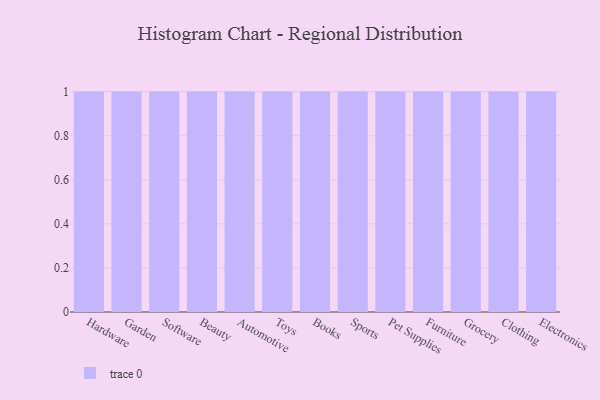
{"axis": {"x": "Category", "y": "LTV (USD)"}, "legend": [""], "data": [{"x": "Hardware", "y": 88, "type": ""}, {"x": "Garden", "y": 44, "type": ""}, {"x": "Software", "y": 57, "type": ""}, {"x": "Beauty", "y": 24, "type": ""}, {"x": "Automotive", "y": 26, "type": ""}, {"x": "Toys", "y": 96, "type": ""}, {"x": "Books", "y": 10, "type": ""}, {"x": "Sports", "y": 52, "type": ""}, {"x": "Pet Supplies", "y": 77, "type": ""}, {"x": "Furniture", "y": 75, "type": ""}, {"x": "Grocery", "y": 54, "type": ""}, {"x": "Clothing", "y": 92, "type": ""}, {"x": "Electronics", "y": 52, "type": ""}]}